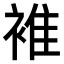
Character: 𧚮